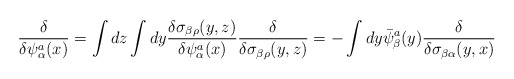
\begin{align*}{\delta\over\delta\psi_{\alpha}^{a}(x)}=\int dz\int dy {\delta\sigma_{\beta\rho}(y,z)\over\delta\psi_{\alpha}^{a}(x)}{\delta\over\delta\sigma_{\beta\rho}(y,z)}=-\int dy\bar{\psi}_{\beta}^{a}(y){\delta\over\delta\sigma_{\beta\alpha}(y,x)}\end{align*}